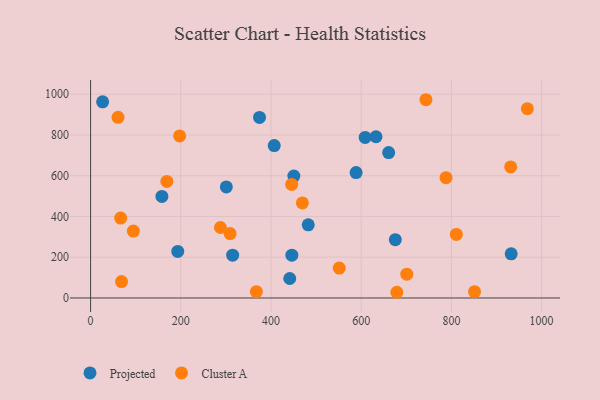
{"axis": {"x": "Speed", "y": "Profit"}, "legend": ["Cluster A", "Projected"], "data": [{"x": "301.0", "y": 544.8, "type": "Projected"}, {"x": "588.7", "y": 615.7, "type": "Projected"}, {"x": "315.0", "y": 210.1, "type": "Projected"}, {"x": "450.7", "y": 598.5, "type": "Projected"}, {"x": "407.2", "y": 748.1, "type": "Projected"}, {"x": "26.7", "y": 962.8, "type": "Projected"}, {"x": "932.6", "y": 216.9, "type": "Projected"}, {"x": "193.3", "y": 228.7, "type": "Projected"}, {"x": "675.7", "y": 286.1, "type": "Projected"}, {"x": "446.3", "y": 210.2, "type": "Projected"}, {"x": "632.9", "y": 791.3, "type": "Projected"}, {"x": "441.6", "y": 95.5, "type": "Projected"}, {"x": "482.6", "y": 358.9, "type": "Projected"}, {"x": "374.6", "y": 886.1, "type": "Projected"}, {"x": "608.8", "y": 787.8, "type": "Projected"}, {"x": "660.9", "y": 713.8, "type": "Projected"}, {"x": "158.1", "y": 498.5, "type": "Projected"}, {"x": "743.6", "y": 973.0, "type": "Cluster A"}, {"x": "68.6", "y": 80.6, "type": "Cluster A"}, {"x": "968.5", "y": 929.1, "type": "Cluster A"}, {"x": "445.9", "y": 557.2, "type": "Cluster A"}, {"x": "701.1", "y": 116.6, "type": "Cluster A"}, {"x": "197.5", "y": 795.1, "type": "Cluster A"}, {"x": "60.9", "y": 886.6, "type": "Cluster A"}, {"x": "469.6", "y": 466.3, "type": "Cluster A"}, {"x": "851.4", "y": 30.7, "type": "Cluster A"}, {"x": "367.6", "y": 31.0, "type": "Cluster A"}, {"x": "66.7", "y": 392.3, "type": "Cluster A"}, {"x": "788.1", "y": 590.6, "type": "Cluster A"}, {"x": "309.3", "y": 316.0, "type": "Cluster A"}, {"x": "94.8", "y": 328.3, "type": "Cluster A"}, {"x": "679.1", "y": 28.0, "type": "Cluster A"}, {"x": "551.4", "y": 147.0, "type": "Cluster A"}, {"x": "811.0", "y": 312.1, "type": "Cluster A"}, {"x": "169.1", "y": 572.2, "type": "Cluster A"}, {"x": "931.5", "y": 643.0, "type": "Cluster A"}, {"x": "287.9", "y": 345.9, "type": "Cluster A"}]}